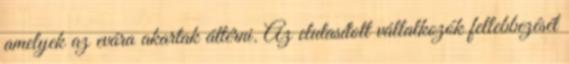
amelyek az evára akartak áttérni. Az elutasított vállalkozók fellebbezését